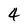
Character: 4